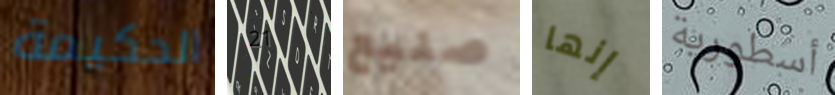
الحكيمة 21 صنيع إنها أسطورية